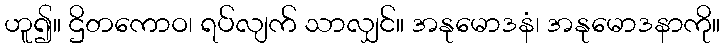
ဟူ၍။ ဌိတကောဝ၊ ရပ်လျက် သာလျှင်။ အနုမောဒနံ၊ အနုမောဒနာကို။